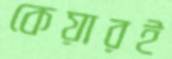
কেয়ারই